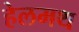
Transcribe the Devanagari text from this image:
हेलमथ